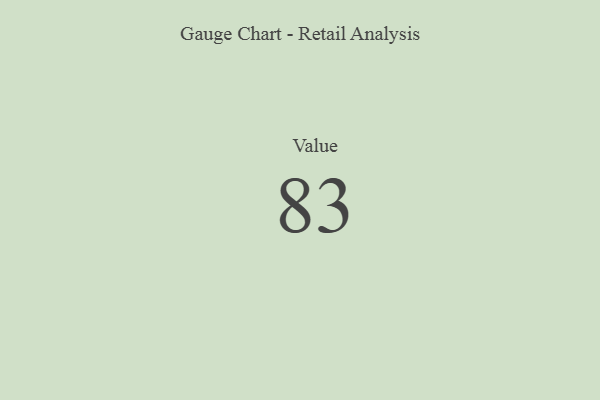
{"axis": {"x": "Metric", "y": "Value"}, "legend": [""], "data": [{"x": "Value", "y": 83, "type": ""}]}